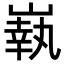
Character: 𡼈